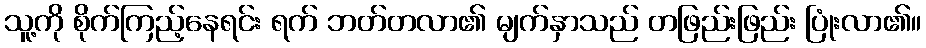
သူ့ကို စိုက်ကြည့်နေရင်း ရက် ဘတ်တလာ၏ မျက်နှာသည် တဖြည်းဖြည်း ပြုံးလာ၏။